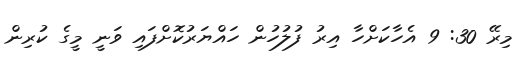
މިރޭ 30: 9 އެހާކަށްހާ އިރު ފުލުހުން ހައްޔަރުކޮށްފައި ވަނީ މީގެ ކުރިން